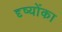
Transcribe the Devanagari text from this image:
दृष्योंका